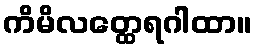
ကိမိလတ္ထေရဂါထာ။